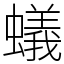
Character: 蟻